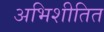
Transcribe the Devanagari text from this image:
अभिशीतित